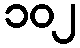
၁၀၂